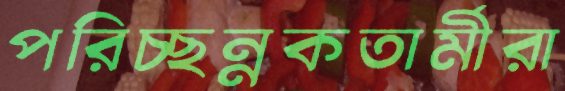
পরিচ্ছন্নকতার্মীরা